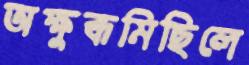
অক্ষুব্ধমিছিলে